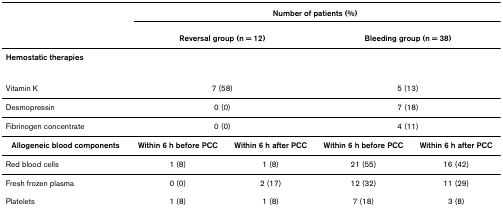
|  | <COLSPAN=4> Number of patients (%) |
 |  | <COLSPAN=2> Reversal group (n = 12) | <COLSPAN=2> Bleeding group (n = 38) |
 | --- | --- | --- | --- | --- |
 | Hemostatic therapies |  |  |  |  |
 | Vitamin K | <COLSPAN=2> 7 (58) | <COLSPAN=2> 5 (13) |
 | Desmopressin | <COLSPAN=2> 0 (0) | <COLSPAN=2> 7 (18) |
 | Fibrinogen concentrate | <COLSPAN=2> 0 (0) | <COLSPAN=2> 4 (11) |
 | Allogeneic blood components | Within 6 h before PCC | Within 6 h after PCC | Within 6 h before PCC | Within 6 h after PCC |
 | Red blood cells | 1 (8) | 1 (8) | 21 (55) | 16 (42) |
 | Fresh frozen plasma | 0 (0) | 2 (17) | 12 (32) | 11 (29) |
 | Platelets | 1 (8) | 1 (8) | 7 (18) | 3 (8) |